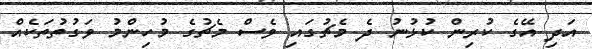
އަދި އޭގެ ކުރިން ކުޅުނު ދެ މެޗުގައި ވެސް މެޗުގެ މުހިންމު ވަގުތުތަކެއް